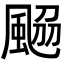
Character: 𩗅